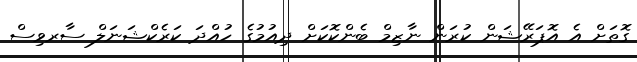
ގޮތަށް އެ އޮޕަރޭޝަން ކުރަން ނާޒިމް ބެންކޮކަށް ދިއުމުގެ ހުއްދަ ކަރެކްޝަނަލް ސާރވިސް